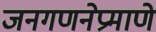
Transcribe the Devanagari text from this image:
जनगणनेप्रमाणे